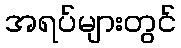
အရပ်များတွင်